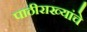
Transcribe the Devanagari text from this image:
पाठीराख्यांचे